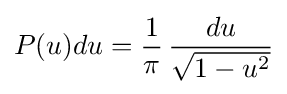
P(u)du={\frac {1}{\pi }}\,{\frac {du}{\sqrt {1-u^{2}}}}